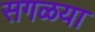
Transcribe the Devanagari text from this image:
सगळया